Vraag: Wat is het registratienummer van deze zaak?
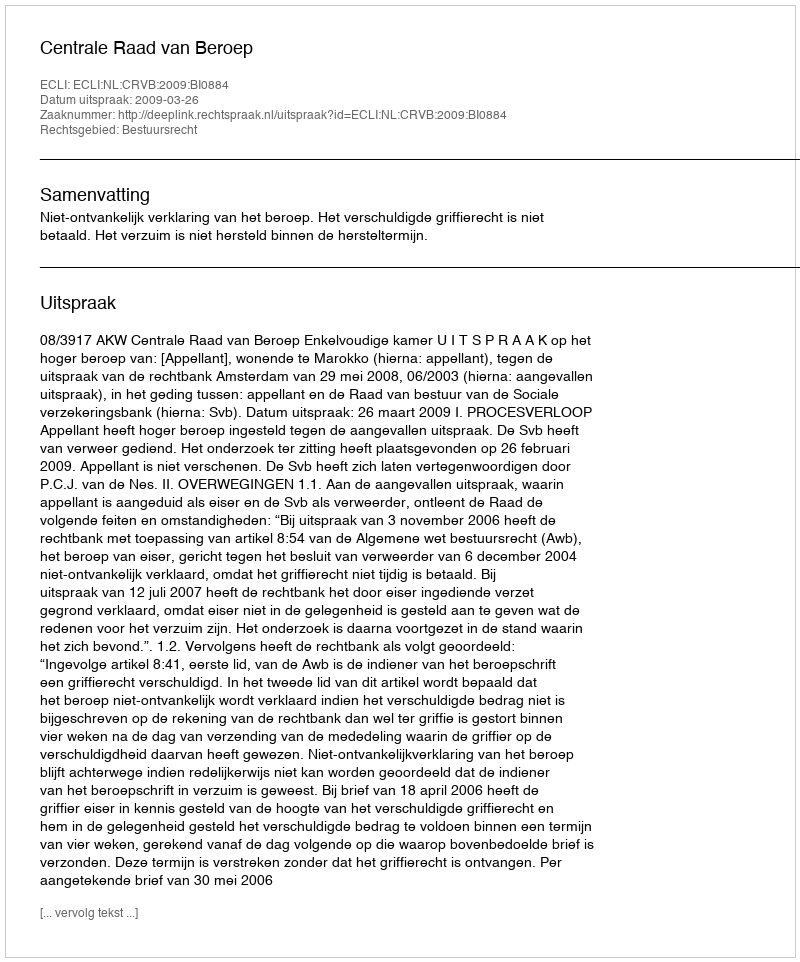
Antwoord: http://deeplink.rechtspraak.nl/uitspraak?id=ECLI:NL:CRVB:2009:BI0884